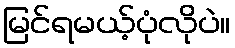
မြင်ရမယ့်ပုံလိုပဲ။